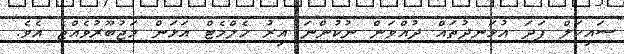
ސައިކަލް ފަދަ އުޅަނދުތައް ދުއްވަން ނުކުންނަ އިރު ހެލްމެޓް އަޅަން މަޖުބޫރުވެއްޖެ އެވެ.